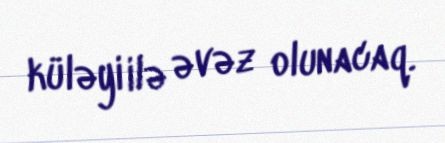
küləyi ilə əvəz olunacaq.